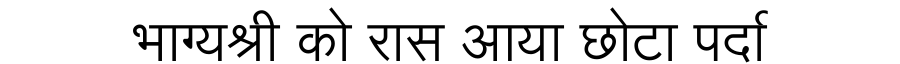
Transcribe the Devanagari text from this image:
भाग्यश्री को रास आया छोटा पर्दा